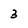
Character: 3